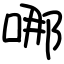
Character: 哪